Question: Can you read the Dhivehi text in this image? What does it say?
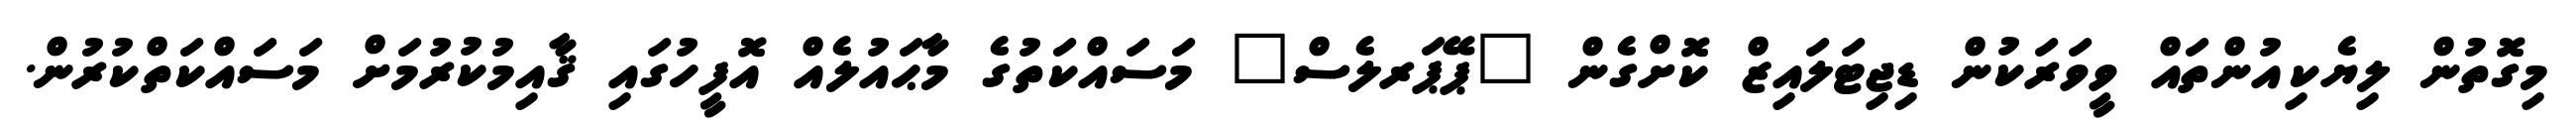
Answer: މިގޮތުން ލިޔެކިއުންތައް ވީވަރަކުން ޑިޖިޓަލައިޒް ކޮށްގެން "ޕޭޕަރލެސް" މަސައްކަތުގެ މާޙައުލެއް އޮފީހުގައި ޤާއިމުކުރުމަށް މަސައްކަތްކުރުން.